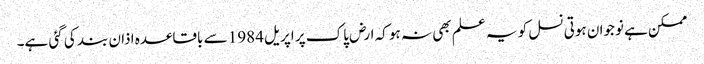
ممکن ہے نوجوان ہوتی نسل کو یہ علم بھی نہ ہو کہ ارض پاک پر اپریل 1984 سے باقاعدہ اذان بند کی گئی ہے۔